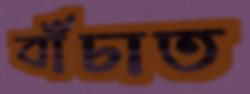
বাঁচাত